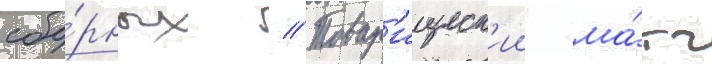
сбо́рных // Товар'ищеск'ии ма́тч